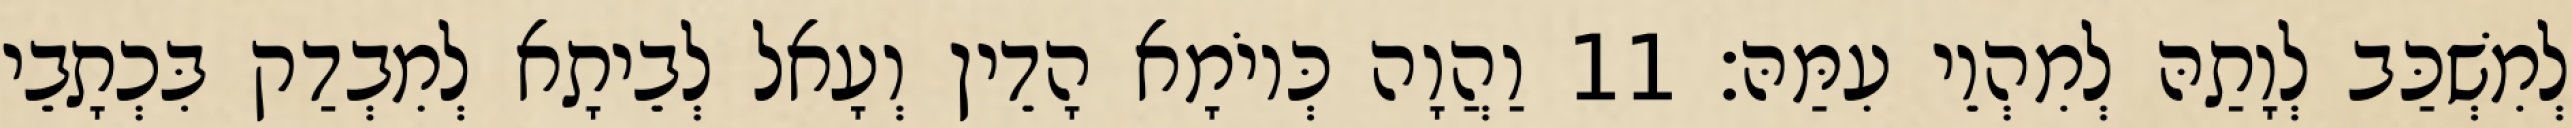
לְמִשְׁכַּב לְוָתַהּ לְמִהְוֵי עִמַּהּ׃ 11 וַהֲוָה כְּיוֹמָא הָדֵין וְעָאל לְבֵיתָא לְמִבְדַק בִּכְתָבֵי